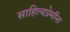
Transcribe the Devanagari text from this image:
साहित्यप्रेमींना